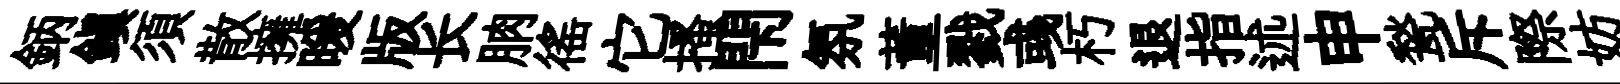
鈵鎮須散擁暖版长朒徭它搔閇氛董戮彧朽退指述申甃斥際妨